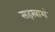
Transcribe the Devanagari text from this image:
सहस्राशं